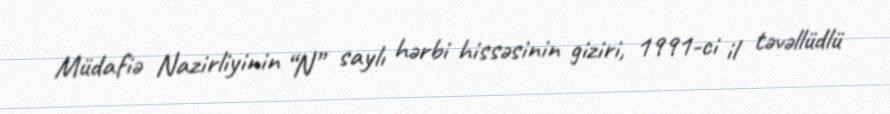
Müdafiə Nazirliyinin “N” saylı hərbi hissəsinin giziri, 1991-ci il təvəllüdlü